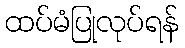
ထပ်မံပြုလုပ်ရန်